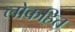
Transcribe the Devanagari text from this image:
लोकहित